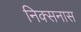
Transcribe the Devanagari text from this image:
निक्सनास